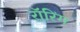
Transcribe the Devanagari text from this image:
रॉरिंग